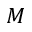
M